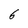
Character: 6